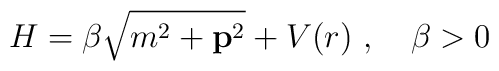
H=\beta\sqrt{m^2+{\bf p}^2}+V(r)\ ,\quad\beta>0\,